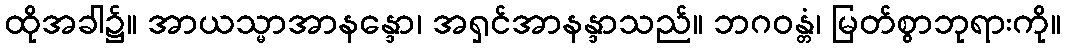
ထိုအခါ၌။ အာယသ္မာအာနန္ဒော၊ အရှင်အာနန္ဒာသည်။ ဘဂဝန္တံ၊ မြတ်စွာဘုရားကို။